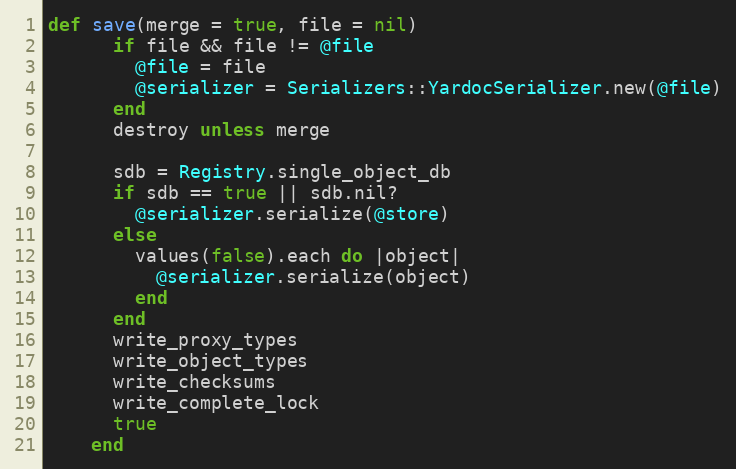
Language: Ruby
def save(merge = true, file = nil)
      if file && file != @file
        @file = file
        @serializer = Serializers::YardocSerializer.new(@file)
      end
      destroy unless merge

      sdb = Registry.single_object_db
      if sdb == true || sdb.nil?
        @serializer.serialize(@store)
      else
        values(false).each do |object|
          @serializer.serialize(object)
        end
      end
      write_proxy_types
      write_object_types
      write_checksums
      write_complete_lock
      true
    end